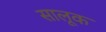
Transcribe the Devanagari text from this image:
सालूक